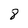
Character: 8